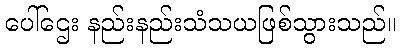
ပေါ်ဌေး နည်းနည်းသံသယဖြစ်သွားသည်။